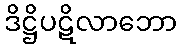
ဒိဋ္ဌိပဋိလာဘော